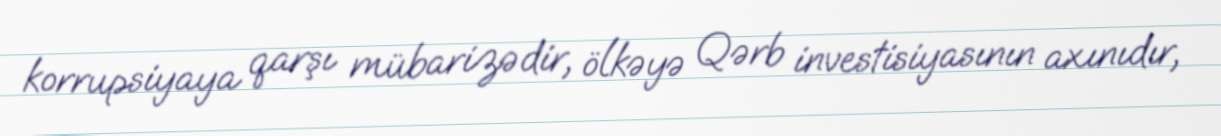
korrupsiyaya qarşı mübarizədir, ölkəyə Qərb investisiyasının axınıdır,